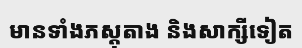
មានទាំងភស្តុតាង និងសាក្សីទៀត